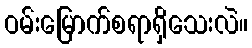
ဝမ်းမြောက်စရာရှိသေးလဲ။